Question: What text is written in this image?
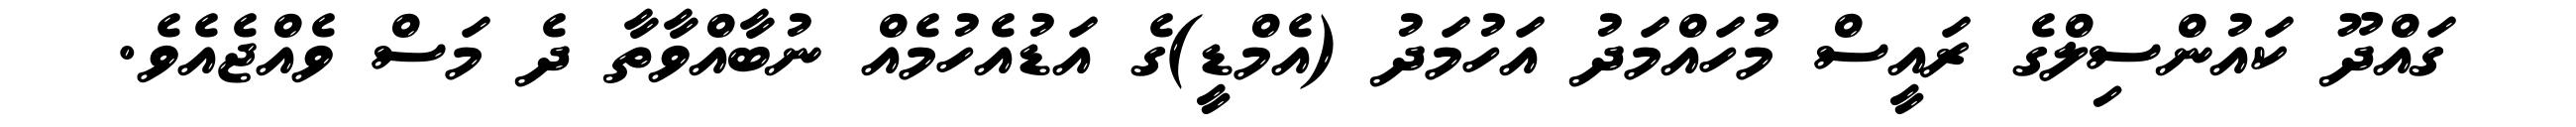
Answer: ގައްދޫ ކައުންސިލްގެ ރައީސް މުހައްމަދު އަހުމަދު (އެމްޑީ)ގެ އަޑުއެހުމެއް ނުބާއްވާތާ ދެ މަސް ވެއްޖެއެވެ.